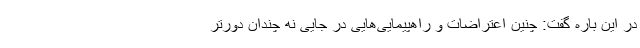
در این باره گفت: چنین اعتراضات و راهپیمایی‌هایی در جایی نه چندان دورتر